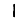
Digit: 1